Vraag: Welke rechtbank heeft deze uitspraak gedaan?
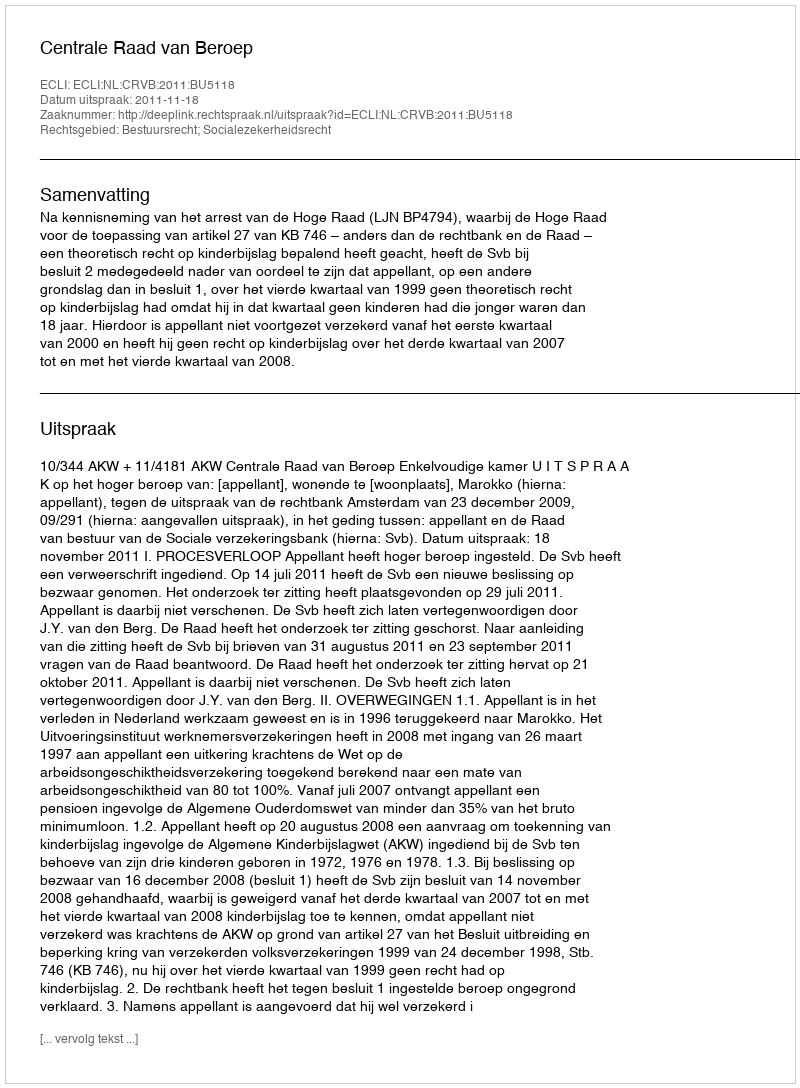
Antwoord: Centrale Raad van Beroep